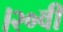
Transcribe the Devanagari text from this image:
।२०वीं